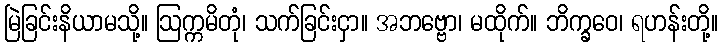
မြဲခြင်းနိယာမသို့။ ဩက္ကမိတုံ၊ သက်ခြင်းငှာ။ အဘဗ္ဗော၊ မထိုက်။ ဘိက္ခဝေ၊ ရဟန်းတို့။